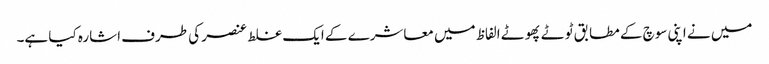
میں نے اپنی سوچ کے مطابق ٹوٹے پھوٹے الفاظ میں معاشرے کے ایک غلط عنصر کی طرف اشارہ کیا ہے۔